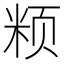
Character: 𱂧